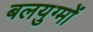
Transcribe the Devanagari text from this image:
बलयुग्मों